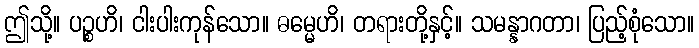
ဤသို့။ ပဉ္စဟိ၊ ငါးပါးကုန်သော။ ဓမ္မေဟိ၊ တရားတို့နှင့်။ သမန္နာဂတာ၊ ပြည့်စုံသော။